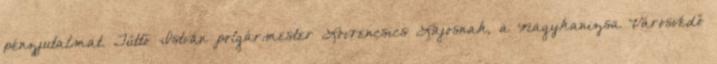
pénzjutalmat. Tüttő István polgármester Lovrencsics Lajosnak, a Nagykanizsa Városvédő